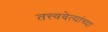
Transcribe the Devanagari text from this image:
तत्त्ववेत्यांच्या